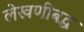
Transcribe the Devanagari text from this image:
लेखणीबद्ध